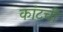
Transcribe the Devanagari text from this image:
कांटची